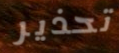
تحذير